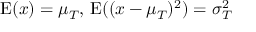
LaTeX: \operatorname { E } ( x ) = \mu _ { T } , \, \operatorname { E } ( ( x - \mu _ { T } ) ^ { 2 } ) = \sigma _ { T } ^ { 2 }